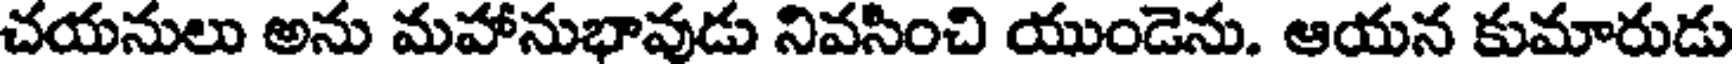
చయనులు అను మహానుభావుడు నివసించి యుండెను. ఆయన కుమారుడు